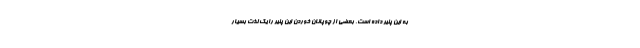
به این پنیر داده است. بعضی از چوپانان خوردن این پنیر را یک لذت بسیار